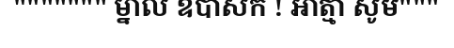
""""""" ម្នាល ឧបាសក ! អាត្មា សូម"""